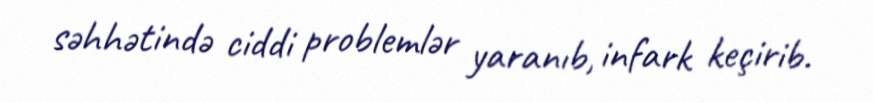
səhhətində ciddi problemlər yaranıb, infark keçirib.